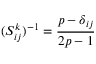
( S _ { i j } ^ { k } ) ^ { - 1 } = \frac { p - \delta _ { i j } } { 2 p - 1 }